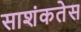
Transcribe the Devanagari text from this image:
साशंकतेस